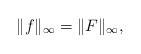
LaTeX: \begin{align*} \|f\|_\infty =\|F\|_\infty,\end{align*}